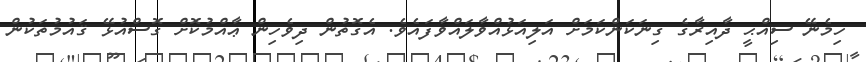
ހިމެނޭ ސިއްޙީ ދާއިރާގެ ގިނަކަންކަމަށް އަލިއަޅުއްވާލައްވާފައެވެ. އެގޮތުން ދިވެހިން ޢާއްމުކޮށް ގޮސްއުޅޭ ޤައުމުތަކުން